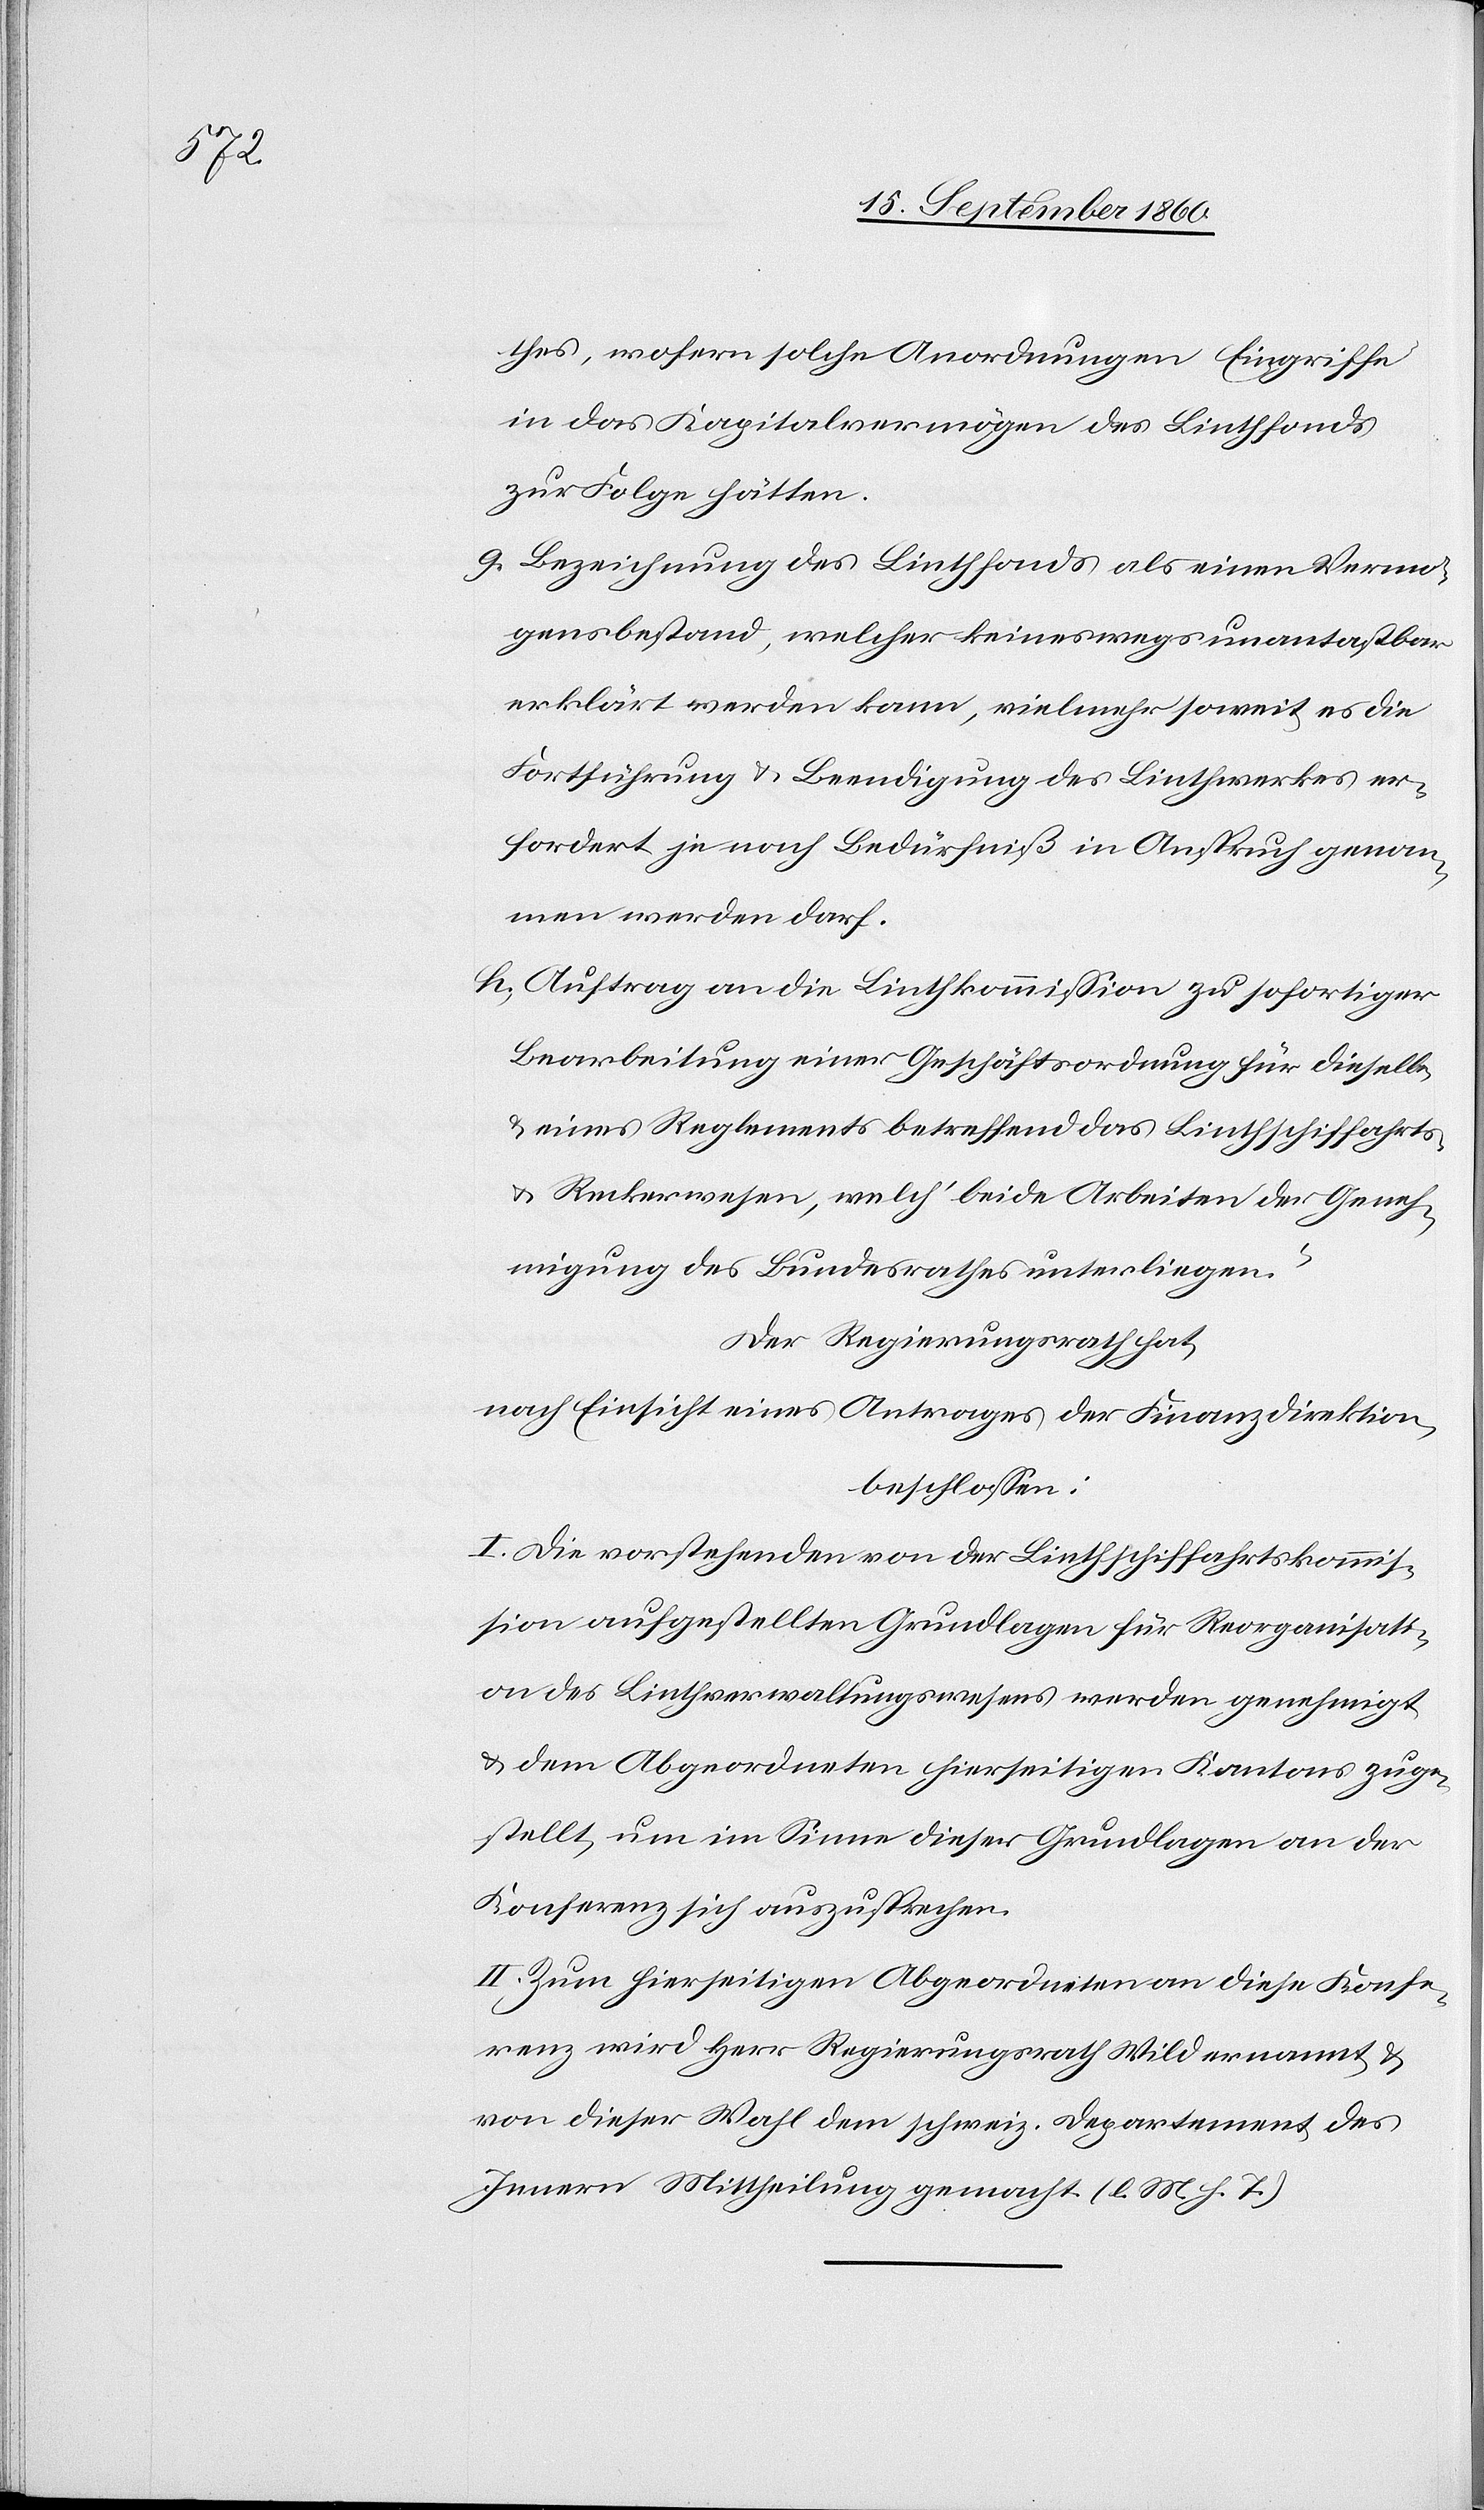
thes, wofern solche Anordnungen Eingriffe
in das Kapitalvermögen des Linthfonds
zur Folge hätten.
g) Bezeichnung des Linthfonds als einen Vermö¬
gensbestand, welcher keineswegs [als] unantastbar
erklärt werden kann, vielmehr soweit es die
Fortführung & Beendigung des Linthwerkes er¬
fordert je nach Bedürfniß in Anspruch genom¬
men werden darf.
h) Auftrag an die Linthkommission zu sofortiger
Bearbeitung einer Geschäftsordnung für dieselbe
u. eines Reglements betreffend das Linthschiffahrts-
u. Reckerwesen, welch’ beide Arbeiten der Geneh¬
migung des Bundesrathes unterliegen.“
Der Regierungsrath hat,
nach Einsicht eines Antrages der Finanzdirektion,
beschlossen:
I. Die vorstehenden von der Linthschiffahrtskommis¬
sion aufgestellten Grundlagen für Reorganisat¬
ion des Linthverwaltungswesens werden genehmigt,
& dem Abgeordneten hierseitigen Kantons zuge¬
stellt, um im Sinne dieser Grundlagen an der
Konferenz sich auszusprechen.
II. Zum hierseitigen Abgeordneten an diese Konfe¬
renz wird Herr Regierungsrath Wild ernannt &
von dieser Wahl dem schweiz. Department des
Innern Mittheilung gemacht. (l. M. g. T.)